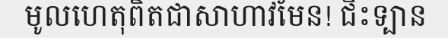
មូលហេតុពិតជាសាហាវមែន! ជិះទ្បាន